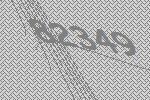
82349